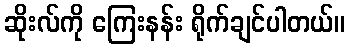
ဆိုးလ်ကို ကြေးနန်း ရိုက်ချင်ပါတယ်။